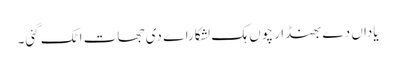
یاداں دے بھنڈار چوں ہک لشکاراے دی جھات اٹک گئی۔